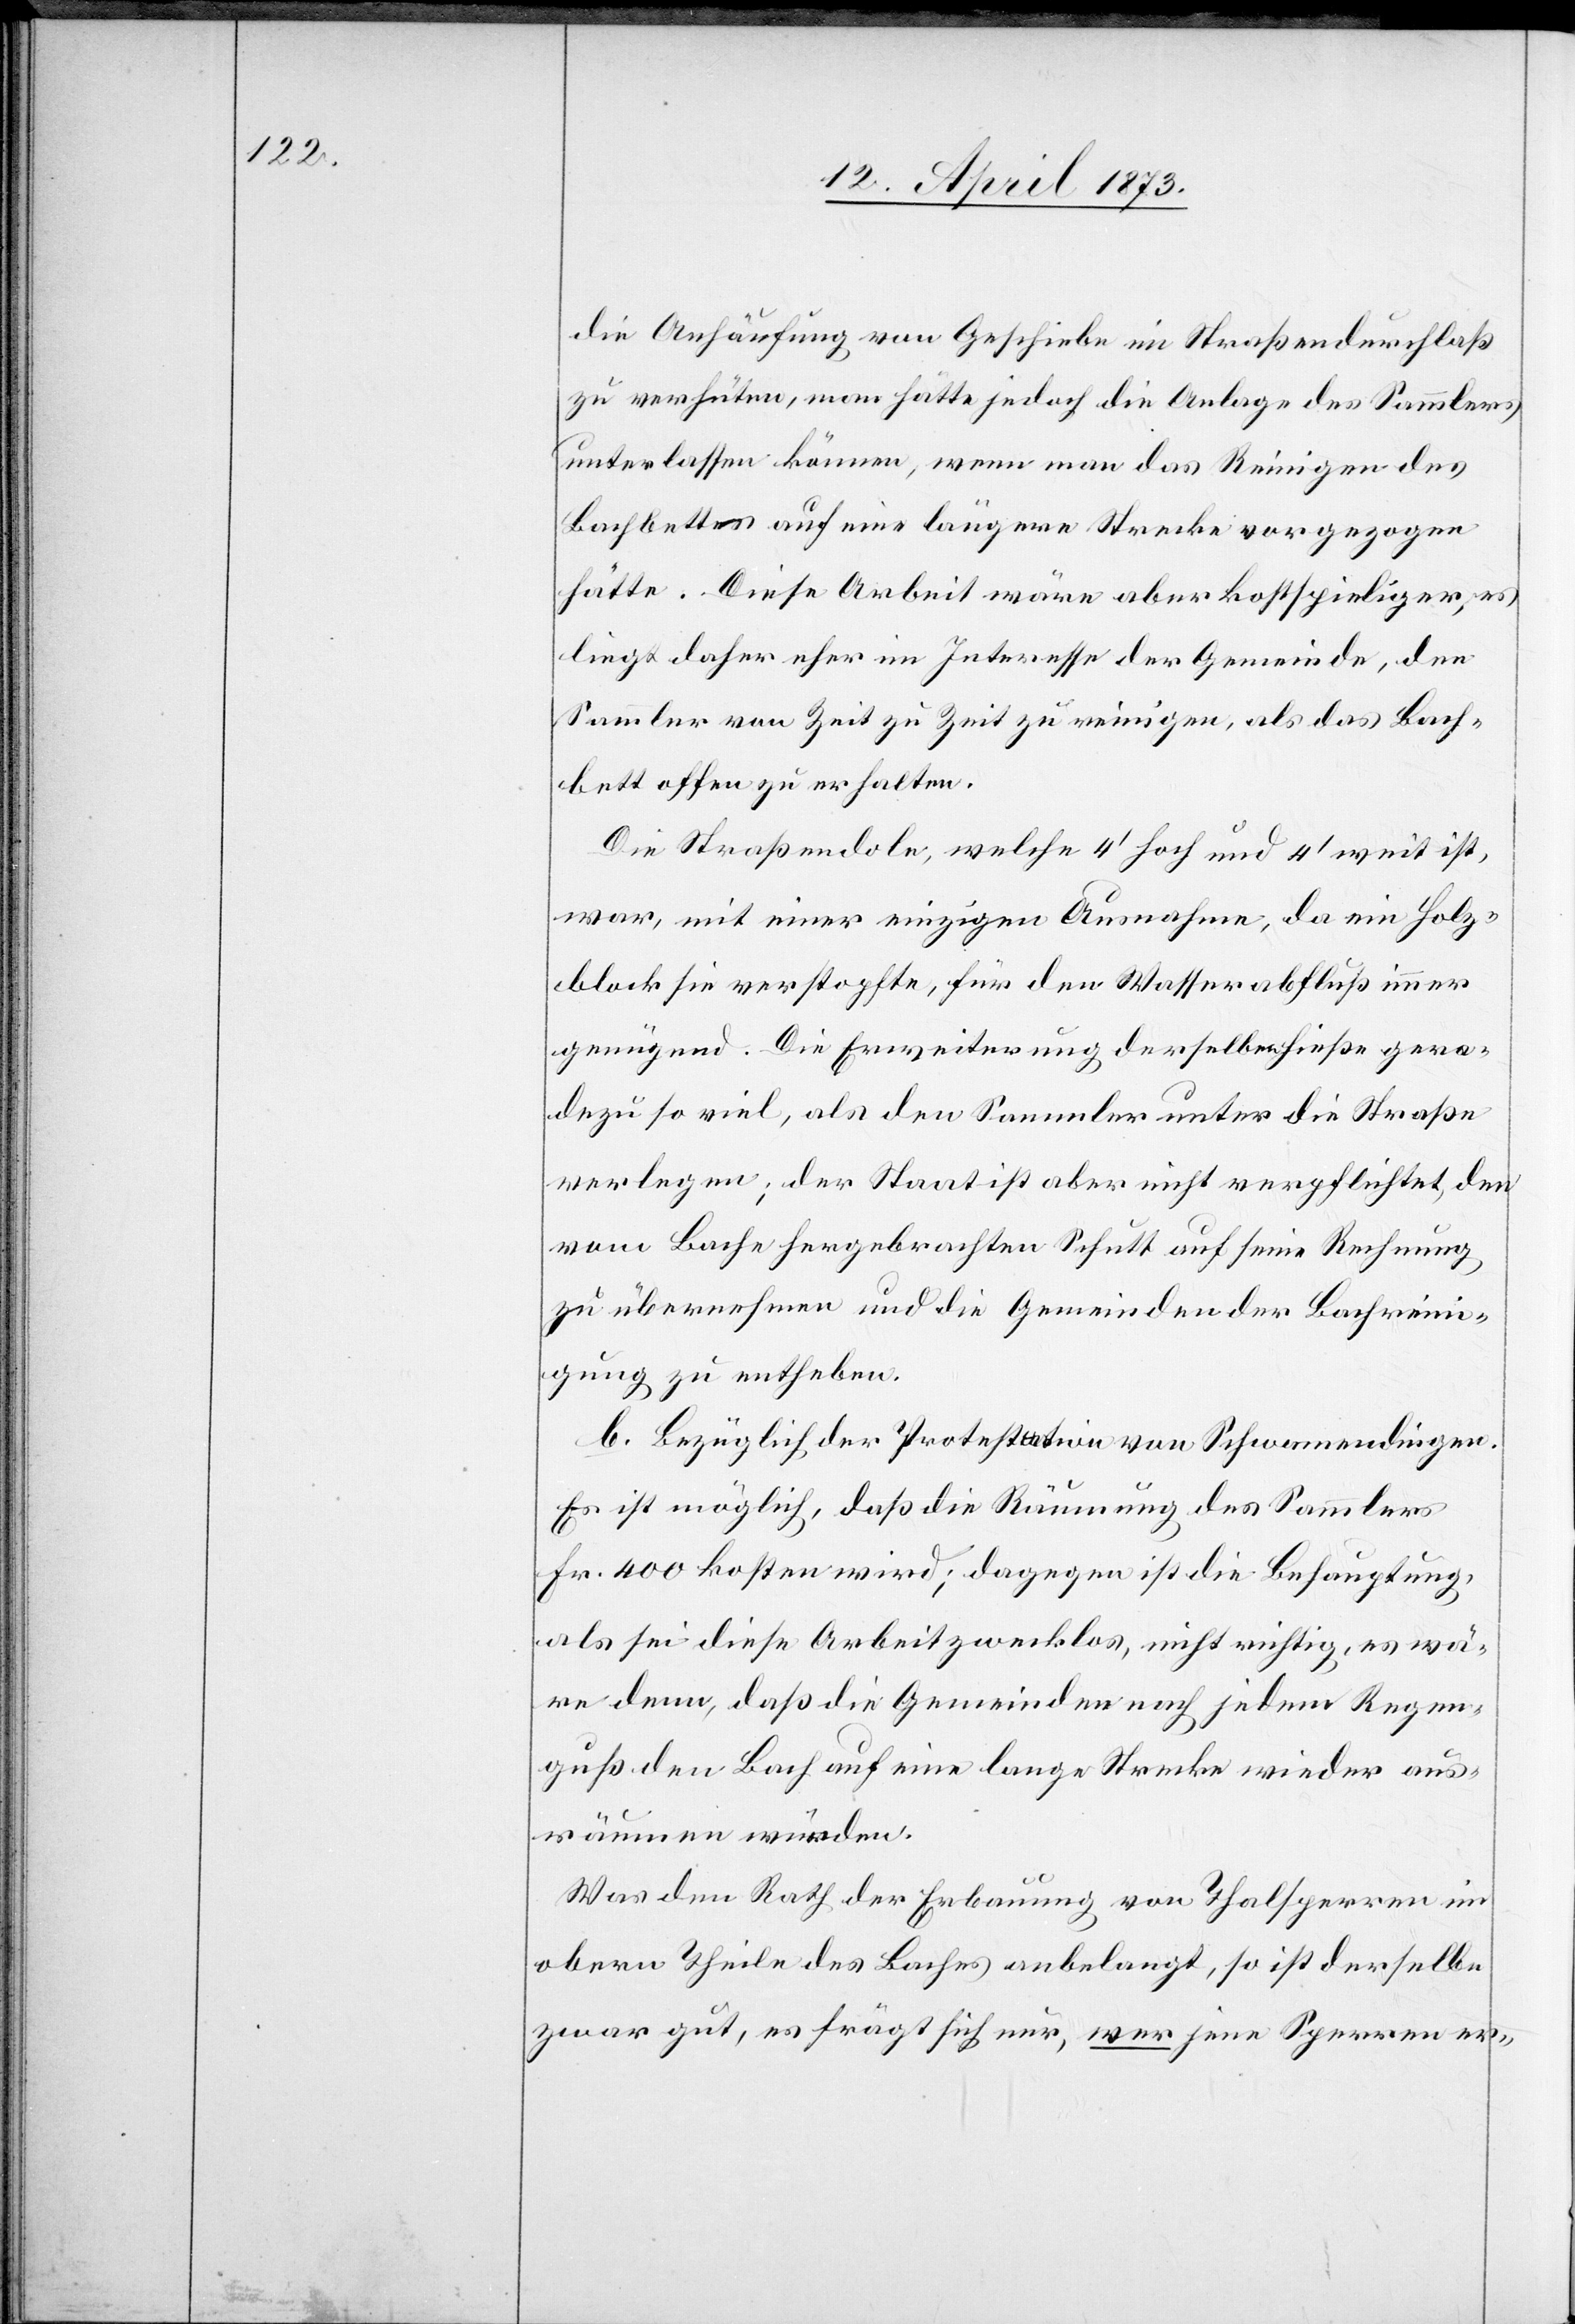
die Anhäufung von Geschiebe im Straßendurchlaß
zu verhüten, man hätte jedoch die Anlage des Sammlers
unterlassen können, wenn man das Reinigen des
Bachbettes auf eine längere Strecke vorgezogen
hätte. Diese Arbeit wäre aber kostspieliger, es
liegt daher eher im Interesse der Gemeinde, den
Sammler von Zeit zu Zeit zu reinigen, als das Bach¬
bett offen zu erhalten.
Die Straßendole, welche 4‘ hoch und 4‘ weit ist,
war, mit einer einzigen Ausnahme, da ein Holz¬
block sie verstopfte, für den Wasserabfluß immer
genügend. Die Erweiterung derselben hieße gera¬
dezu so viel, als den Sammler unter die Straße
verlegen; der Staat ist aber nicht verpflichtet, den
vom Bache hergebrachten Schutt auf seine Rechnung
zu übernehmen und die Gemeinden der Bachreini¬
gung zu entheben.
b. Bezüglich der Protestation von Schwamendingen.
Es ist möglich, daß die Räumung des Sammlers
Fr. 400 kosten wird; dagegen ist die Behauptung,
als sei diese Arbeit zwecklos, nicht richtig, es wä¬
re denn, daß die Gemeinden nach jedem Regen¬
guß den Bach auf eine lange Strecke wieder aus¬
räumen würden.
Was den Rath der Erbauung von Thalsperren im
obern Theile des Baches anbelangt, so ist derselbe
zwar gut, es frägt sich nur, wer jene Sperren er-